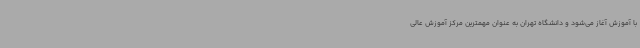
با آموزش آغاز می‌شود و دانشگاه تهران به عنوان مهمترین مرکز آموزش عالی